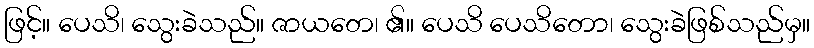
ဖြင့်။ ပေသိ၊ သွေးခဲသည်။ ဇာယတေ၊ ၏။ ပေသိ ပေသိတော၊ သွေးခဲဖြစ်သည်မှ။